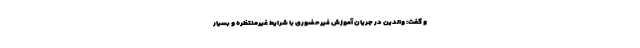
و گفت: والدین در جریان آموزش غیرحضوری با شرایط غیرمنتظره و بسیار